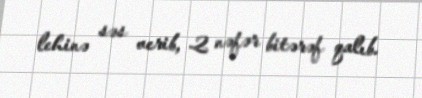
lehinə səs verib, 2 nəfər bitərəf qalıb.